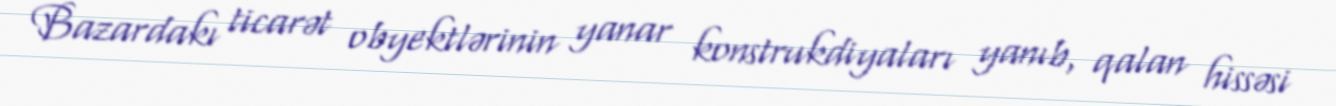
Bazardakı ticarət obyektlərinin yanar konstrukdiyaları yanıb, qalan hissəsi